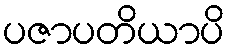
ပဇာပတိယာပိ